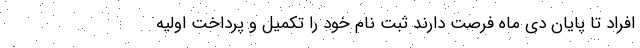
افراد تا پایان دی ماه فرصت دارند ثبت نام خود را تکمیل و پرداخت اولیه